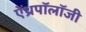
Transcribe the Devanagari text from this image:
ऐंथ्रपॉलॉजी